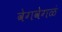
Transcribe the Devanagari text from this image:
वेगवेगळं